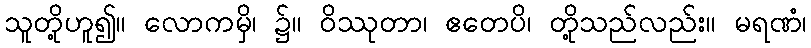
သူတို့ဟူ၍။ လောကမှိ၊ ၌။ ဝိဿုတာ၊ ဧတေပိ၊ တို့သည်လည်း။ မရဏံ၊